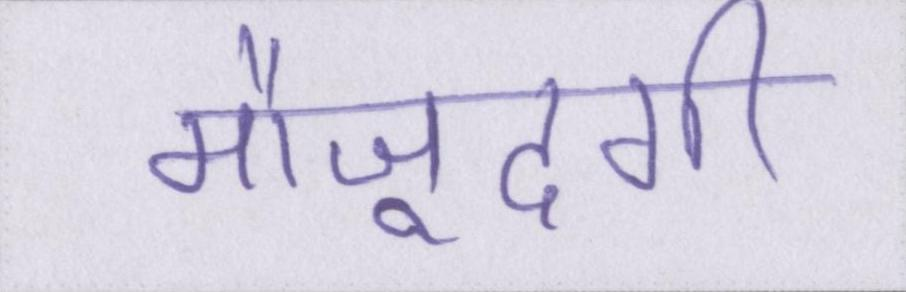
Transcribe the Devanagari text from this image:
मौजूदगी